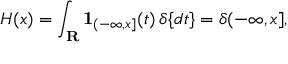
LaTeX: H ( x ) = \int _ { \mathbf { R } } \mathbf { 1 } _ { ( - \infty , x ] } ( t ) \, \delta \{ d t \} = \delta ( - \infty , x ] ,